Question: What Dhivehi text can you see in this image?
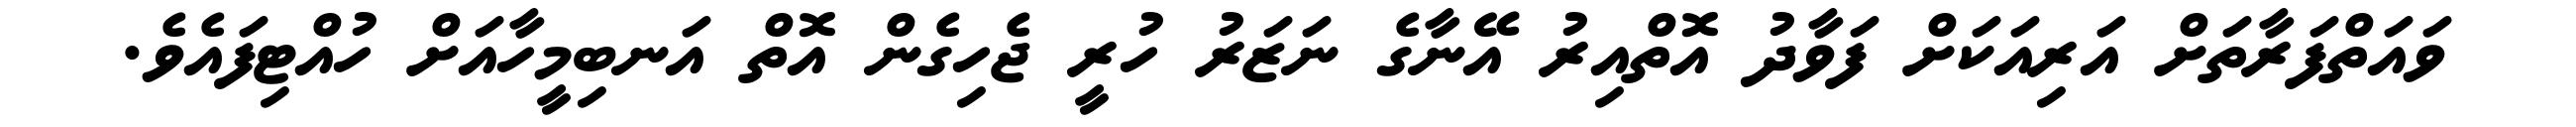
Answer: ވައަތްފަރާތަށް އަރިއަކަށް ފަވާދު އޮތްއިރު އޭނާގެ ނަޒަރު ހުރީ ޖެހިގެން އޮތް އަނބިމީހާއަށް ހުއްޓިފައެވެ.